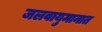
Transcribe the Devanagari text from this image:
जलवायुमानात